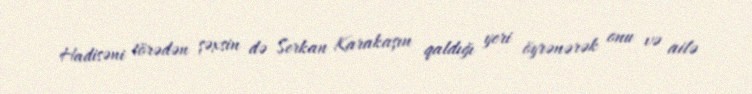
Hadisəni törədən şəxsin də Serkan Karakaşın qaldığı yeri öyrənərək onu və ailə